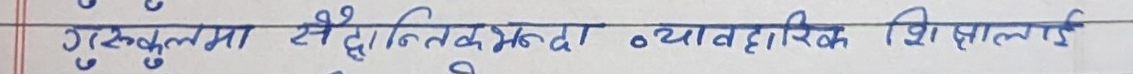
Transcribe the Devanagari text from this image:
गुरुकुलमा सैद्धान्तिकभन्दा व्यावहारिक शिक्षालाई